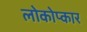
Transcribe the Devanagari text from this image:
लोकोप्कार